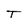
Character: T